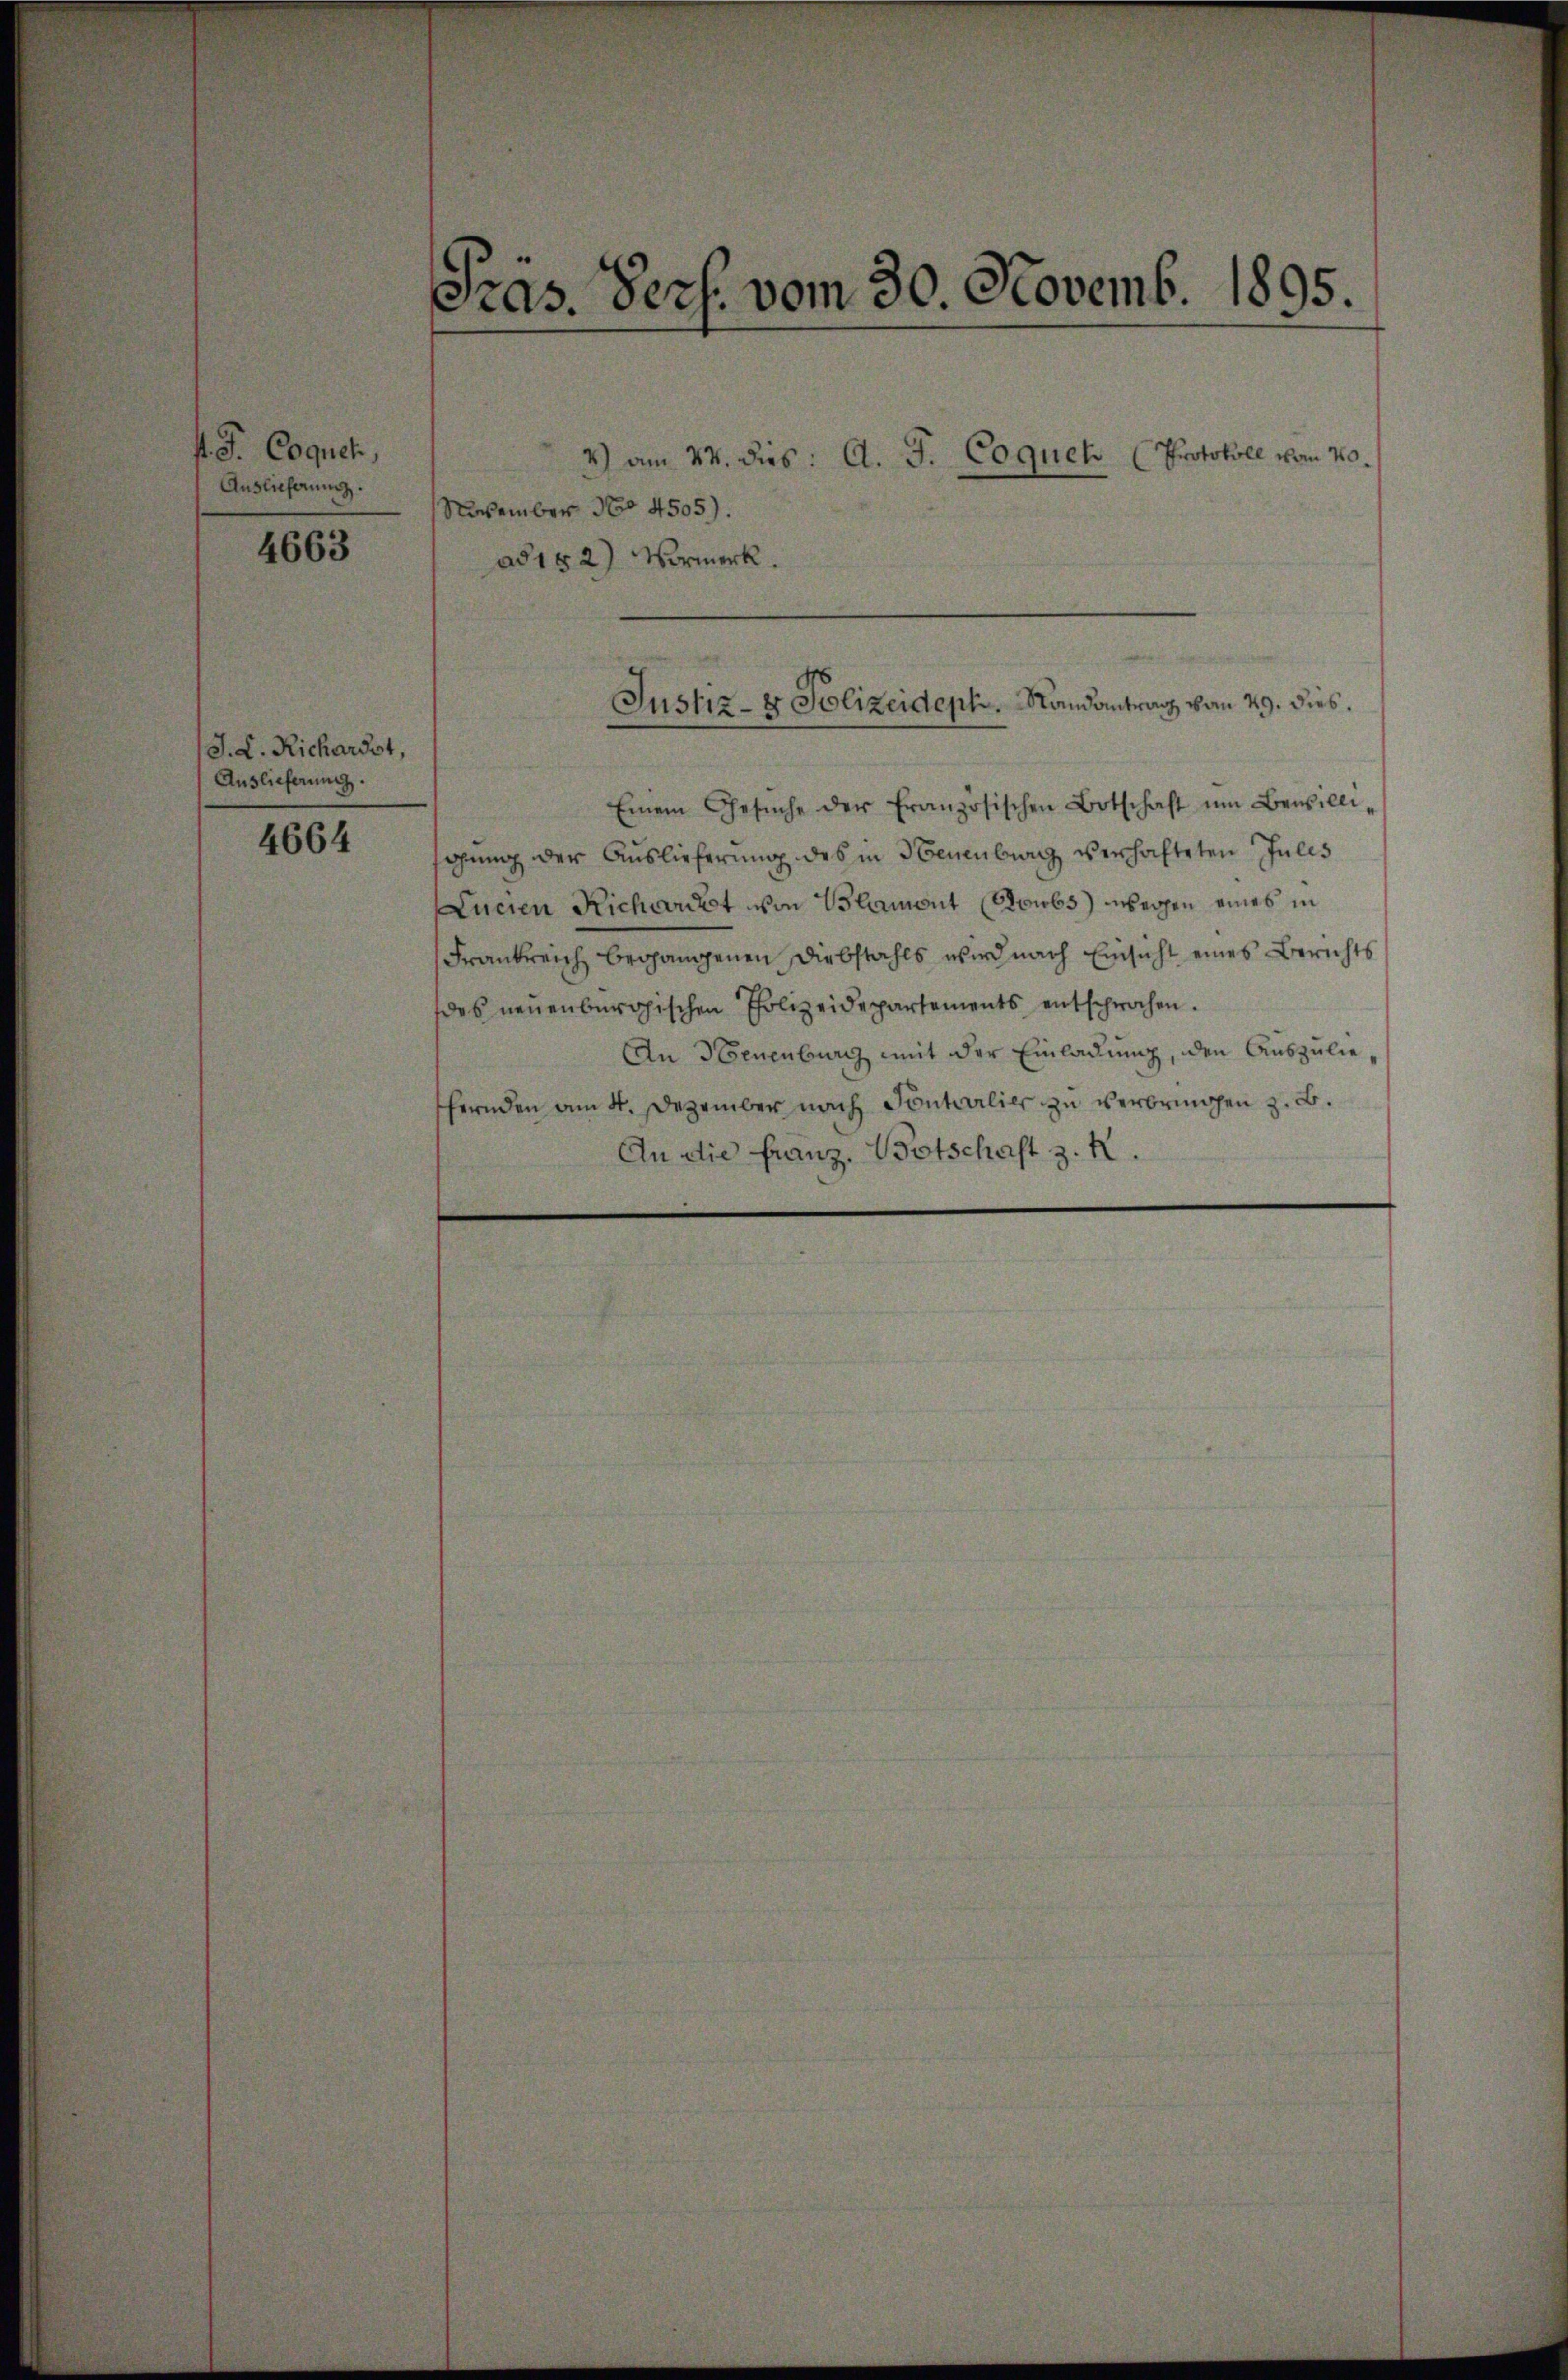
f. J. Coquet,
Auslicherung.

4663

J. L. Richardst,
Auslieferung.
4664

Pras. Pers. vom 30. Novemb. 1895.

November No 4505).
ad 182) Vormerk.
Einem Gesŭche der französischen Botschaft ŭm Bewillisagung der Auslieferung des in Neuenburg verhafteten Julis
Lucien Richarzt von Blamont (Jowbs) wegen eines in
Frankreich begangenen Diebstahls wird nach Einsicht eines Berichts
des neuenburgischen Polizeidepartements entsprochen.
An Neuenburg mit der Einladung, den Auszuliefernden am 4. Dezember nach Sontalier zu verbringen z. B.
An die Franz, Botschaft z. R.

4) am 14. dies: A. J. Coquech (Protokoll vom 20.

Justiz- & Polizeideph.   Randantrag von 29. dies.